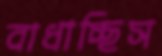
বাধাচ্ছিস